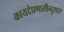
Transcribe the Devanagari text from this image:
कायदेप्रणालीनुसार